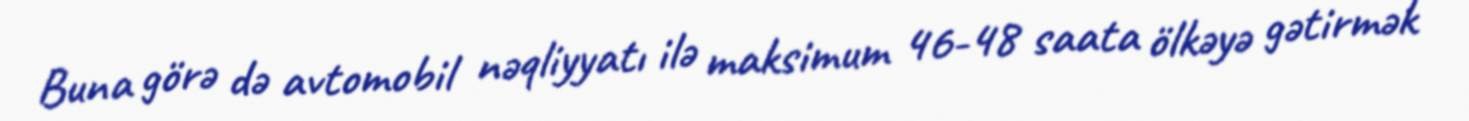
Buna görə də avtomobil nəqliyyatı ilə maksimum 46-48 saata ölkəyə gətirmək